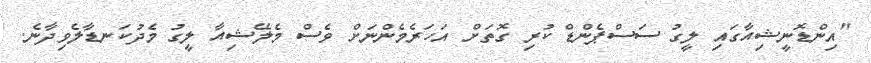
"އިންޑޮނީޝިއާގައި ލީގު ސަސްޕެންޑް ކުރި ގޮތަށް އަހަރެމެންނަށް ވެސް މެލޭޝިއާ ލީގު މެދުކަނޑާލެވިދާނެ.